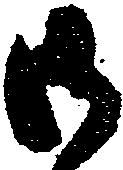
御